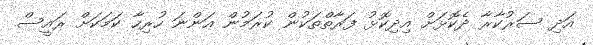
އަދި ސަރުކާރާ ދެކޮޅަށް އިދިކޮޅު ފަރާތްތަކުން ކުރަމުން އަންނަ ހުރިހާ ކަމަކަށް ރައީސް